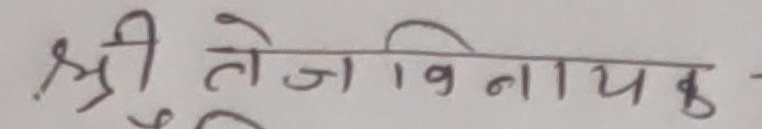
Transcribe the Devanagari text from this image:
श्री तेज विनायक